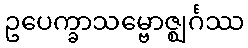
ဥပေက္ခာသမ္ဗောဇ္ဈင်္ဂဿ